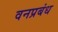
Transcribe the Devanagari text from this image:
वनप्रबंध